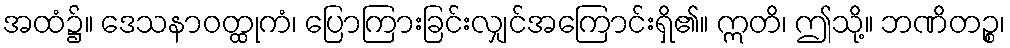
အထံ၌။ ဒေသနာဝတ္ထုကံ၊ ပြောကြားခြင်းလျှင်အကြောင်းရှိ၏။ ဣတိ၊ ဤသို့။ ဘဏိတဉ္စ၊